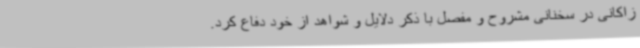
زاکانی در سخنانی مشروح و مفصل با ذکر دلایل و شواهد از خود دفاع کرد.